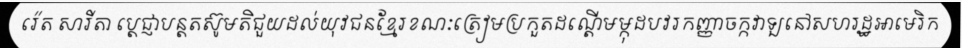
រ៉េត សារីតា ប្តេជ្ញាបន្តតស៊ូមតិជួយដល់យុវជនខ្មែរខណៈត្រៀមប្រកួតដណ្តើមម្កុដបវរកញ្ញាចក្កវាឡនៅសហរដ្ឋអាមេរិក